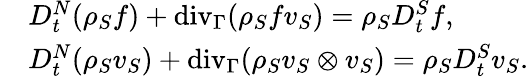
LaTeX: \begin{array}{rl}&{D_{t}^{N}(\rho_{S}f)+\mathrm{{div}}_{\Gamma}(\rho_{S}fv_{S})=\rho_{S}D_{t}^{S}f,}\\ &{D_{t}^{N}(\rho_{S}v_{S})+{\mathrm{div}}_{\Gamma}(\rho_{S}v_{S}\otimes v_{S})=\rho_{S}D_{t}^{S}v_{S}.}\end{array}